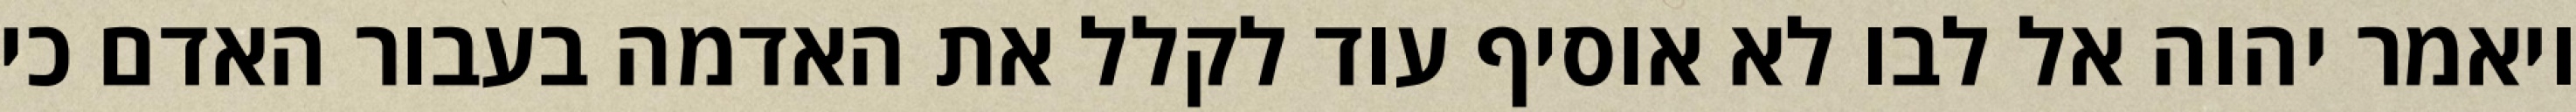
ויאמר יהוה אל לבו לא אוסיף עוד לקלל את האדמה בעבור האדם כי